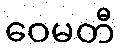
ဝေမတီ